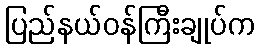
ပြည်နယ်ဝန်ကြီးချုပ်က